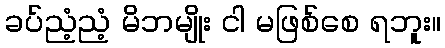
ခပ်ညံ့ညံ့ မိဘမျိုး ငါ မဖြစ်စေ ရဘူး။